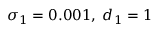
\sigma _ { 1 } = 0 . 0 0 1 , \; d _ { 1 } = 1